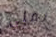
نقلي